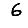
Digit: 6